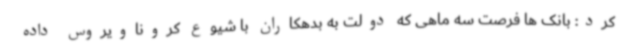
کرد: بانک ها فرصت سه ماهی که دولت به بدهکاران با شیوع کروناویروس داده